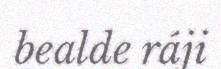
bealde ráji